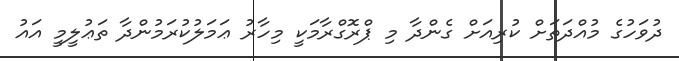
ދުވަހުގެ މުއްދަތަށް ކުރިއަށް ގެންދާ މި ޕްރޮގްރާމަކީ މިހާރު ޢަމަލުކުރަމުންދާ ތަޢުލީމީ އައު